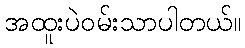
အထူးပဲဝမ်းသာပါတယ်။